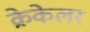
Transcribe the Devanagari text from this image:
क्रेकेलर